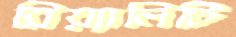
রিয়্যালিটি